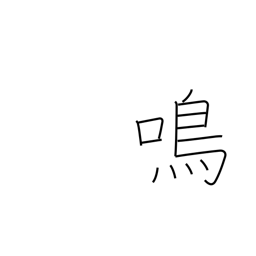
Meaning: cry